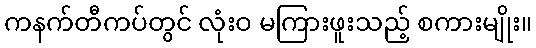
ကနက်တီကပ်တွင် လုံးဝ မကြားဖူးသည့် စကားမျိုး။